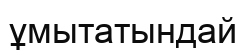
ұмытатындай